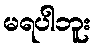
မရပါဘူး